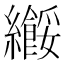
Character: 𫄑